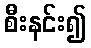
စီးနင်း၍